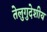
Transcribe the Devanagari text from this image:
तेलुगुदेशीय